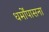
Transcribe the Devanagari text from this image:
धर्मोंपासना